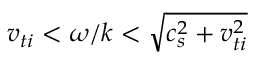
v _ { t i } < \omega / k < \sqrt { c _ { s } ^ { 2 } + v _ { t i } ^ { 2 } }